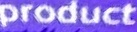
Product